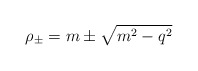
\begin{align*}\rho_\pm = m \pm \sqrt{m^2-q^2} \end{align*}